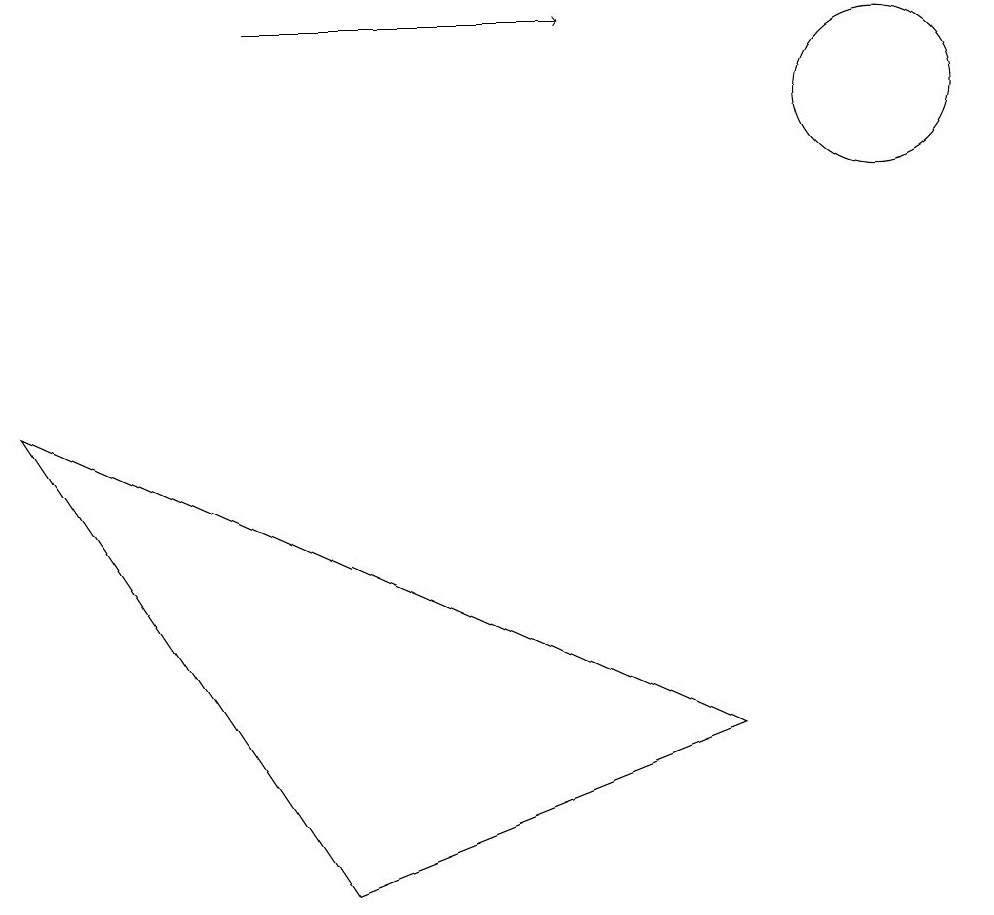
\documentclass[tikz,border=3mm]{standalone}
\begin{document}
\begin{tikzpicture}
\draw (12,11) circle (0);
\draw (0,6) -- (4,0) -- (9,2) -- cycle;
\draw[->] (3,11) -- (7,11);
\draw (11,10) circle (1);
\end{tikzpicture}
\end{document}